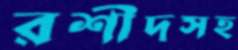
রশীদসহ